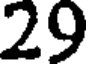
29